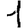
Digit: 1